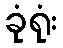
ခုံရုံး